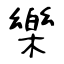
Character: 樂